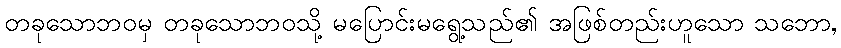
တခုသောဘဝမှ တခုသောဘဝသို့ မပြောင်းမရွေ့သည်၏ အဖြစ်တည်းဟူသော သဘော,